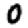
Digit: 0